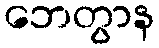
ဘေတွာန